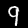
Digit: 9